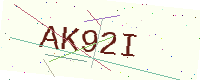
Text: AK92I